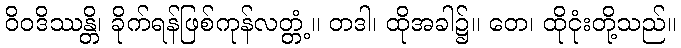
ဝိဝဒိဿန္တိ၊ ခိုက်ရန်ဖြစ်ကုန်လတ္တံ့။ တဒါ၊ ထိုအခါ၌။ တေ၊ ထိုငုံးတို့သည်။